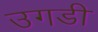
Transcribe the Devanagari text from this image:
उगडी